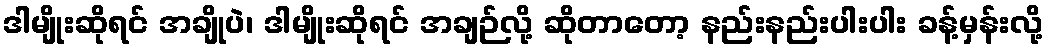
ဒါမျိုးဆိုရင် အချိုပဲ၊ ဒါမျိုးဆိုရင် အချဉ်လို့ ဆိုတာတော့ နည်းနည်းပါးပါး ခန့်မှန်းလို့